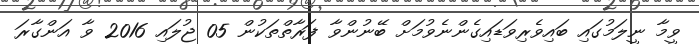
ވީމާ ނީލަމުގައި ބައިވެރިވަޑައިގެންނެވުމަށް ބޭނުންވާ ފަރާތްތަކުން 05 ޖުލައި 2016 ވާ އަންގާރަ